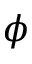
\phi